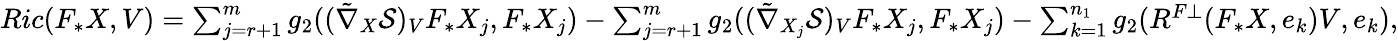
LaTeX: \begin{array}{r}{Ric(F_{\ast}X,V)=\sum_{j=r+1}^{m}g_{2}((\tilde{\nabla}_{X}\mathcal{S})_{V}F_{\ast}X_{j},F_{\ast}X_{j})-\sum_{j=r+1}^{m}g_{2}((\tilde{\nabla}_{X_{j}}\mathcal{S})_{V}F_{\ast}X_{j},F_{\ast}X_{j})-\sum_{k=1}^{n_{1}}g_{2}(R^{F\bot}(F_{\ast}X,e_{k})V,e_{k}),}\end{array}